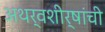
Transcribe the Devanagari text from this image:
अथर्वशीर्षांची